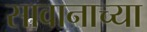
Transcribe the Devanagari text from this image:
सावानाच्या